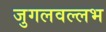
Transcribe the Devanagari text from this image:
जुगलवल्लभ